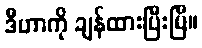
ဒီဟာကို ချန်ထားပြီးပြီ။